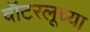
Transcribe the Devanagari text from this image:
वॉटरलूच्या